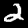
Label: 2